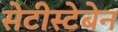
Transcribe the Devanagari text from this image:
सेटीस्‍टेबेन